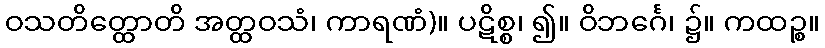
ဝသတိတ္ထောတိ အတ္ထဝသံ၊ ကာရဏံ)။ ပဋိစ္စ၊ ၍။ ဝိဘင်္ဂေ၊ ၌။ ကထဉ္စ။